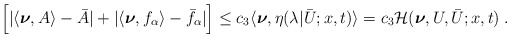
\begin{align*}\begin{aligned} \Big[|\langle\boldsymbol{\nu},A\rangle-\bar A|+|\langle\boldsymbol{\nu},f_\alpha\rangle -\bar f_\alpha|\Big] &\le c_3 \langle \boldsymbol{\nu} , \eta (\lambda | \bar U;x,t ) \rangle = c_3 \mathcal{H} ( \boldsymbol{\nu},U,\bar{U};x,t)\;.\end{aligned}\end{align*}